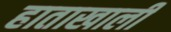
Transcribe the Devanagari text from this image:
हाताखालीं